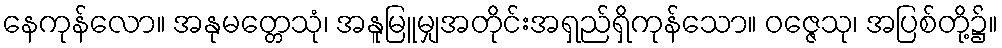
နေကုန်လော။ အနုမတ္တေသုံ၊ အနူမြူမျှအတိုင်းအရှည်ရှိကုန်သော။ ဝဇ္ဇေသု၊ အပြစ်တို့၌။